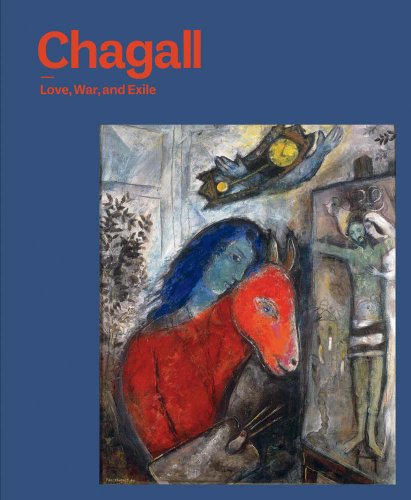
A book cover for Chagall: Love, War, and Exile (Jewish Museum); Susan Tumarkin Goodman; Arts & Photography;